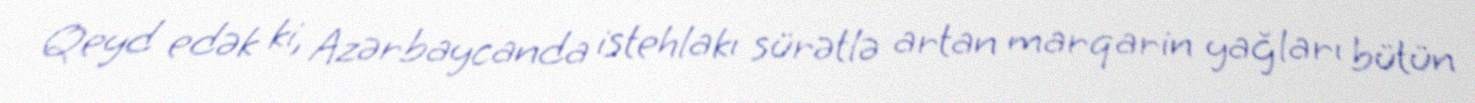
Qeyd edək ki, Azərbaycanda istehlakı sürətlə artan marqarin yağları bütün